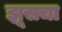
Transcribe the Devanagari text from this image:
झूसचा